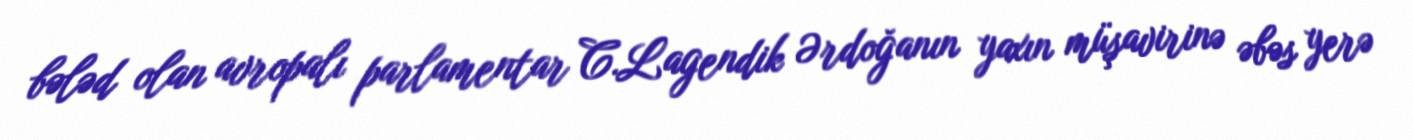
bələd olan avropalı parlamentar C.Lagendik Ərdoğanın yaxın müşavirinə əbəs yerə